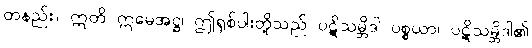
တနည်း။ ဣတိ ဣမေအဋ္ဌ၊ ဤရှစ်ပါးတို့သည် ပဋိသမ္ဘိဒါ ပစ္စယာ၊ ပဋိသမ္ဘိဒါ၏